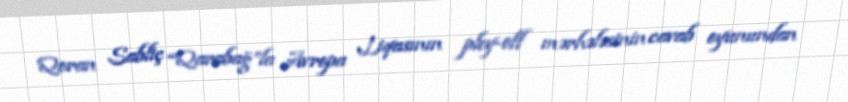
Qoran Sabliç “Qarabağ”la Avropa Liqasının pley-off mərhələsinin cavab oyunundan